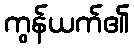
ကွန်ယက်၏